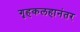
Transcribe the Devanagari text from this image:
गृहकलहानंतर